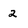
Character: 2